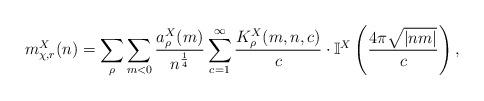
LaTeX: \begin{align*}m_{\chi,r}^X(n)=\sum_{\rho} \sum_{m<0} \frac{a_{\rho}^X(m)}{n^{\frac{1}{4}}}\sum_{c=1}^{\infty} \frac{K^X_{\rho}(m,n,c)}{c}\cdot \mathbb{I}^X\left (\frac{4\pi \sqrt{|nm|}}{c}\right),\end{align*}